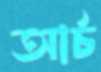
আর্চ